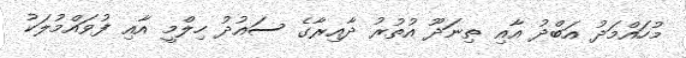
މުހައްމަދު އަބްދު އާއި ތިނަދޫ އުތުރު ދާއިރާގެ ސައުދު ހިލްމީ އާއި ފުވައްމުލަކު